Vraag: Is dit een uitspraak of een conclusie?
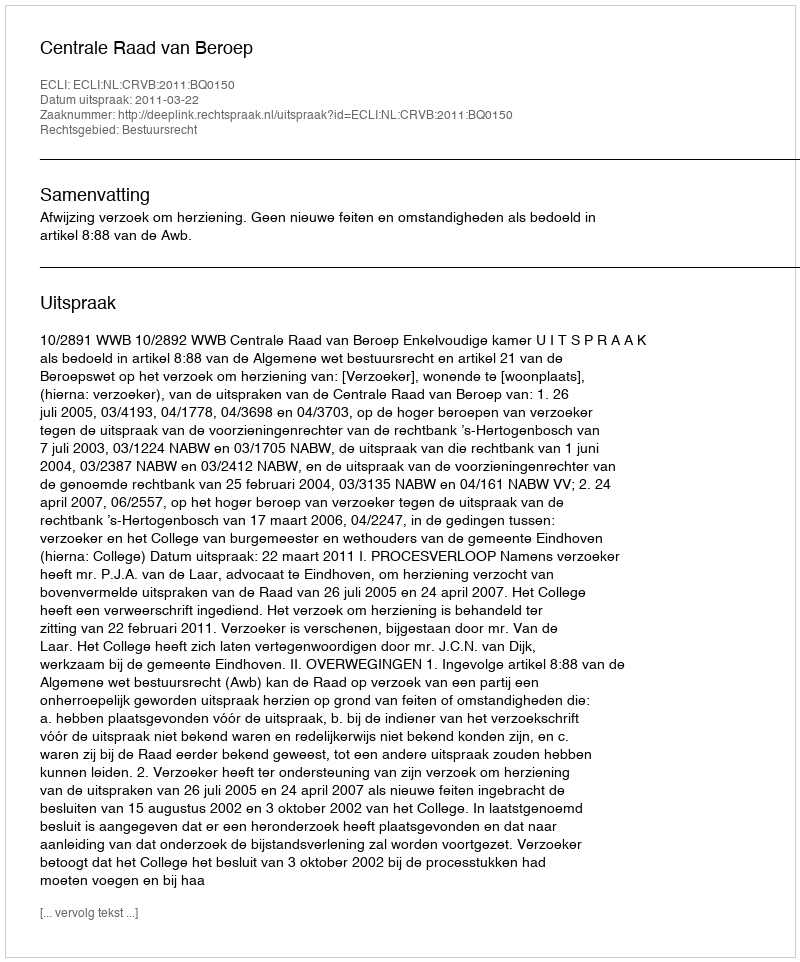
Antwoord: Uitspraak